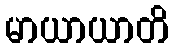
မာယာယာတိ